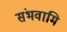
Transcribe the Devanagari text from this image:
संभवामि